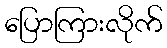
ပြောကြားလိုက်